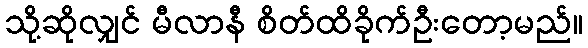
သို့ဆိုလျှင် မီလာနီ စိတ်ထိခိုက်ဦးတော့မည်။